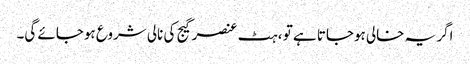
اگر یہ خالی ہوجاتا ہے تو ، ہٹ عنصر گیج کی نالی شروع ہوجائے گی۔